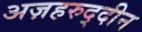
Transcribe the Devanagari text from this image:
अज़हरुद्दीन